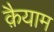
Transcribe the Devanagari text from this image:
क़ैयाम